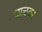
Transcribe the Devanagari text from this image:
पाचवर